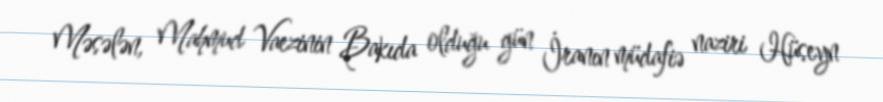
Məsələn, Mahmud Vaezinin Bakıda olduğu gün İranın müdafiə naziri Hüseyn